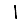
Digit: 1